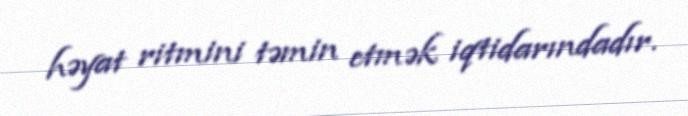
həyat ritmini təmin etmək iqtidarındadır.